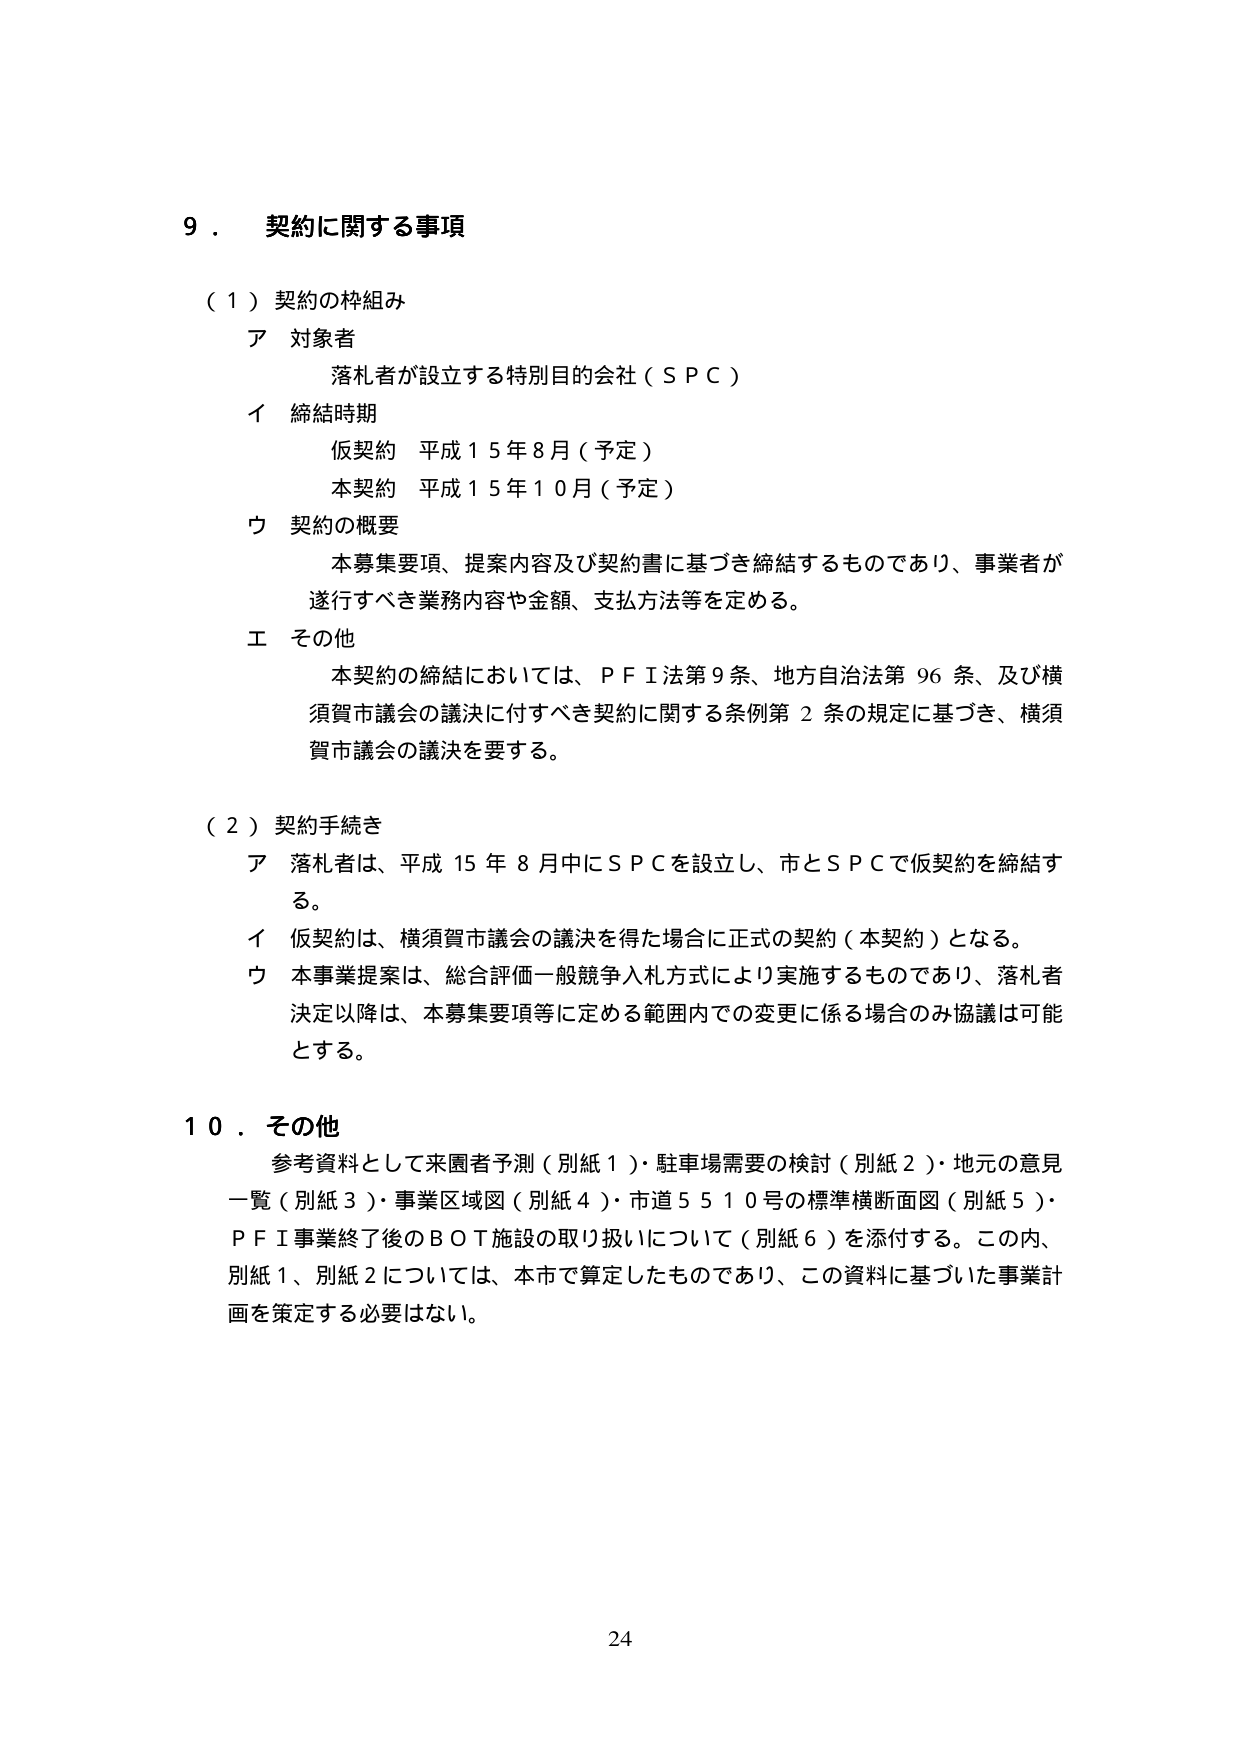
9．契約に関する事項

（1）契約の枠組み
ア 対象者
　　落札者が設立する特別目的会社（ＳＰＣ）
イ 締結時期
　　仮契約 平成15年8月（予定）
　　本契約 平成15年10月（予定）
ウ 契約の概要
　　本募集要項、提案内容及び契約書に基づき締結するものであり、事業者が
　　遂行すべき業務内容や金額、支払方法等を定める。
エ その他
　　本契約の締結においては、ＰＦＩ法第9条、地方自治法第96条、及び横
　　須賀市議会の議決に付すべき契約に関する条例第2条の規定に基づき、横須
　　賀市議会の議決を要する。

（2）契約手続き
ア 落札者は、平成15年8月中にＳＰＣを設立し、市とＳＰＣで仮契約を締結す
　　る。
イ 仮契約は、横須賀市議会の議決を得た場合に正式の契約（本契約）となる。
ウ 本事業提案は、総合評価一般競争入札方式により実施するものであり、落札者
　　決定以降は、本募集要項等に定める範囲内での変更に係る場合のみ協議は可能
　　とする。

10．その他
　　参考資料として来園者予測（別紙1）・駐車場需要の検討（別紙2）・地元の意見
　　一覧（別紙3）・事業区域図（別紙4）・市道5510号の標準横断面図（別紙5）・
　　ＰＦＩ事業終了後のＢＯＴ施設の取り扱いについて（別紙6）を添付する。この内、
　　別紙1、別紙2については、本市で算定したものであり、この資料に基づいた事業計
　　画を策定する必要はない。

24